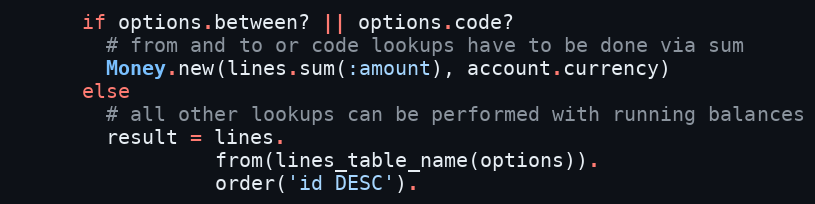
Language: Ruby
      if options.between? || options.code?
        # from and to or code lookups have to be done via sum
        Money.new(lines.sum(:amount), account.currency)
      else
        # all other lookups can be performed with running balances
        result = lines.
                 from(lines_table_name(options)).
                 order('id DESC').